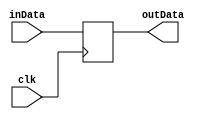
//
//
//  1-bit Register to store Done value
//  Made by. Saad Al-Jehani [1935151] 
//  Feb 11th, 2023
//
//

    module register_1
	(input   inData,
	 output reg  outData,
    input clk);
    always @(posedge clk)
    begin
		outData = inData;  
    end  
endmodule